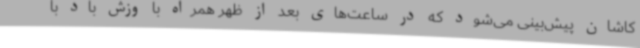
کاشان پیش‌بینی می‌شود که در ساعت‌های بعد از ظهر همراه با وزش باد با